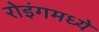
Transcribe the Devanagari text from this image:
रोइंगमध्ये